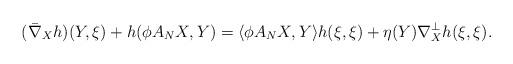
LaTeX: \begin{align*}(\bar\nabla_Xh)(Y,\xi)+h(\phi A_NX,Y)=\langle\phi A_NX,Y\rangle h(\xi,\xi)+\eta(Y)\nabla^\perp_X h(\xi,\xi).\end{align*}